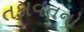
તફાવતનો